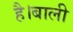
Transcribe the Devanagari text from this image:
है।बाली